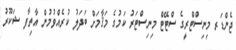
ޖެންޑަރ މިނިސްޓްރީގެ ސްޓޭޓް މިނިސްޓަރު ކަމުގެ މަޤާމަށް ބަދަލު ކުރެއްވުމުން އާތިފާ ޝަކޫރު